Scientific memoirs by medical officers of the Army of India - Part II,
Year: 1886
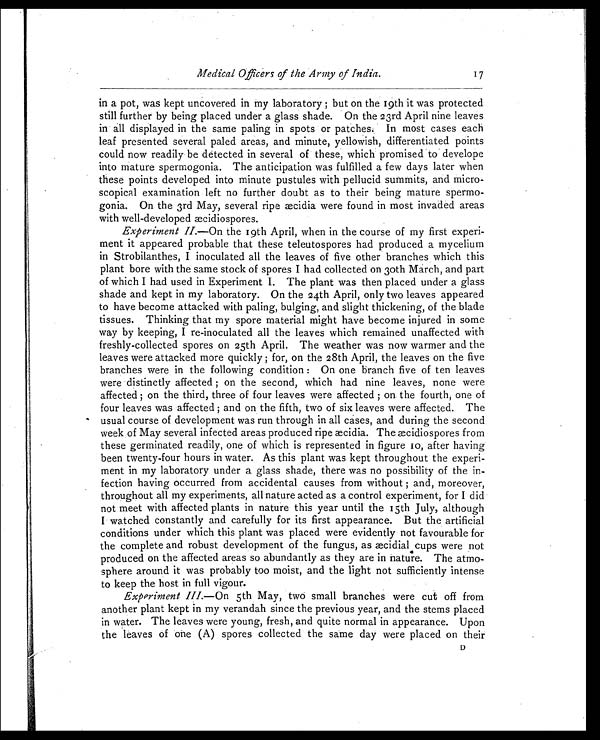
Medical Officers of the Army of India.
in a pot, was kept uncovered in my laboratory ; but on the 19th it was protected
still further by being placed under a glass shade. On the 23rd April nine leaves
in all displayed in the same paling in spots or patches. In most cases each
leaf presented several paled areas, and minute, yellowish, differentiated points
could now readily be detected in several of these, which promised to develope
into mature spermogonia. The anticipation was fulfilled a few days later when
these points developed into minute pustules with pellucid summits, and micro-
scopical examination left no further doubt as to their being mature spermo-
gonia. On the 3rd May, several ripe æcidia were found in most invaded areas
with well-developed æcidiospores.
Experiment II.—On the 19th April, when in the course of my first experi-
ment it appeared probable that these teleutospores had produced a mycelium
in Strobilanthes, I inoculated all the leaves of five other branches which this
plant bore with the same stock of spores I had collected on 30th March, and part
of which I had used in Experiment I. The plant was then placed under a glass
shade and kept in my laboratory. On the 24th April, only two leaves appeared
to have become attacked with paling, bulging, and slight thickening, of the blade
tissues. Thinking that my spore material might have become injured in some
way by keeping, I re-inoculated all the leaves which remained unaffected with
freshly-collected spores on 25th April. The weather was now warmer and the
leaves were attacked more quickly ; for, on the 28th April, the leaves on the five
branches were in the following condition : On one branch five of ten leaves
were distinctly affected ; on the second, which had nine leaves, none were
affected ; on the third, three of four leaves were affected ; on the fourth, one of
four leaves was affected ; and on the fifth, two of six leaves were affected. The
usual course of development was run through in all cases, and during the second
week of May several infected areas produced ripe æcidia. The æcidiospores from
these germinated readily, one of which is represented in figure 10, after having
been twenty-four hours in water. As this plant was kept throughout the experi-
ment in my laboratory under a glass shade, there was no possibility of the in-
fection having occurred from accidental causes from without ; and, moreover,
throughout all my experiments, all nature acted as a control experiment, for I did
not meet with affected plants in nature this year until the 15th July, although
I watched constantly and carefully for its first appearance. But the artificial
conditions under which this plant was placed were evidently not favourable for
the complete and robust development of the fungus, as æcidial cups were not
produced on the affected areas so abundantly as they are in nature. The atmo-
sphere around it was probably too moist, and the light not sufficiently intense
to keep the host in full vigour.
Experiment III. —On 5th May, two small branches were cut off from
another plant kept in my verandah since the previous year, and the stems placed
in water. The leaves were young, fresh, and quite normal in appearance. Upon
the leaves of one (A) spores collected the same day were placed on their
17